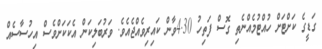
ގަޑީގެ ކަށްޓަށް ހުއްޓުމެއްނެތި ގޮސް ފަތިހު 4.30ވާން ކައިރިވެއްޖެއެވެ. ވަރުބަލިކަން އެކަކަށްވެސް އިހުސާސެއް